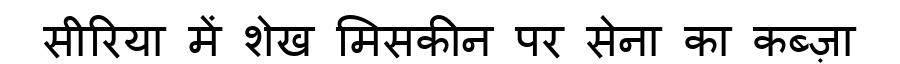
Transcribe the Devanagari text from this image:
सीरिया में शेख मिसकीन पर सेना का कब्ज़ा